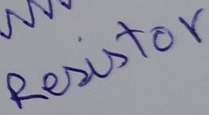
Text: Resistor